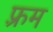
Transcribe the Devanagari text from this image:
फ़्रम